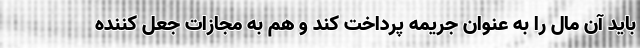
باید آن مال را به عنوان جریمه پرداخت کند و هم به مجازات جعل کننده